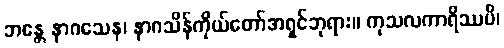
ဘန္တေ နာဂသေန၊ နာဂသိန်ကိုယ်တော်အရှင်ဘုရား။ ကုသလကာရိဿပိ၊